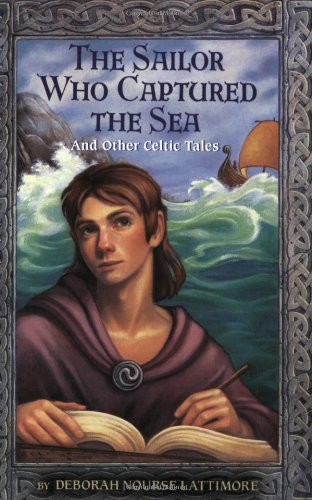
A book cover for The Sailor Who Captured the Sea: And Other Celtic Tales; Deborah Nourse Lattimore; Children's Books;